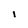
Character: i